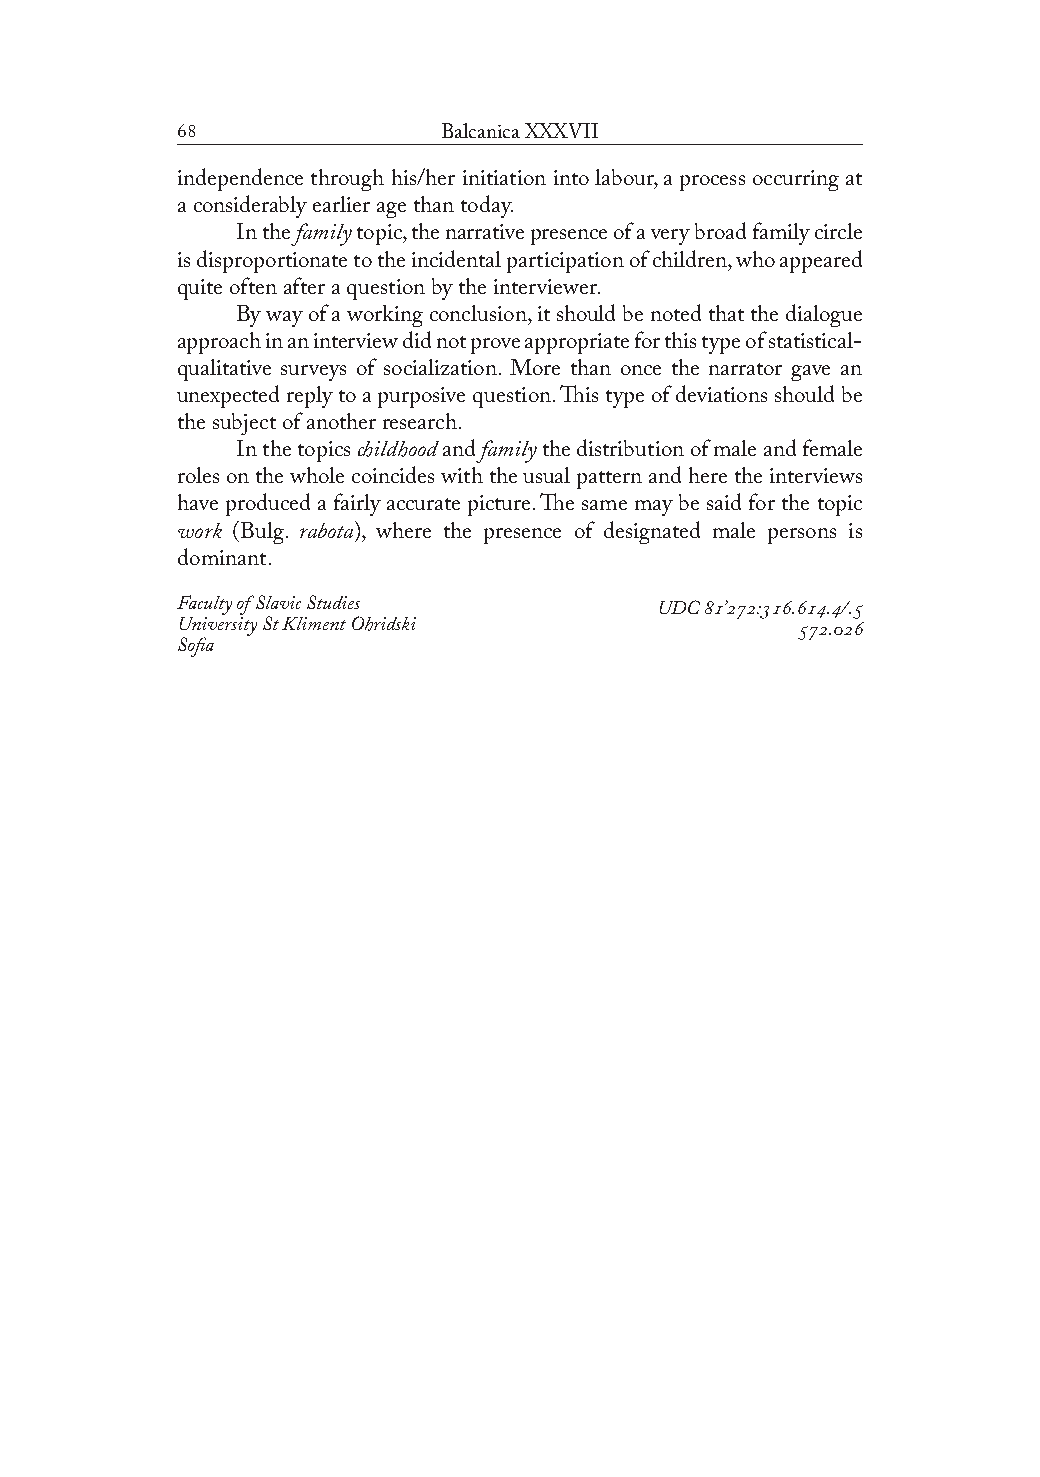
               Balcanica XXXVII
 independence through his/her initiation into labour, a process occurring at
 a considerably earlier age than today.
 In the family topic, the narrative presence of a very broad family circle
 is disproportionate to the incidental participation of children, who appeared
 quite often after a question by the interviewer.
 By way of a working conclusion, it should be noted that the dialogue
 approach in an interview did not prove appropriate for this type of statistical-
 qualitative surveys of socialization. More than once the narrator gave an
 unexpected reply to a purposive question. This type of deviations should be
 the subject of another research.
 In the topics childhood and family the distribution of male and female
 roles on the whole coincides with the usual pattern and here the interviews
 have produced a fairly accurate picture. The same may be said for the topic
 work (Bulg. rabota), where the presence of designated male persons is
 dominant.
 Faculty of Slavic Studies      UDC ’:../.
 University St Kliment Ohridski           .
 Sofia